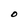
Character: O